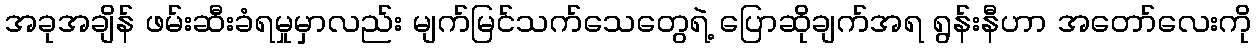
အခုအချိန် ဖမ်းဆီးခံရမှုမှာလည်း မျက်မြင်သက်သေတွေရဲ့ ပြောဆိုချက်အရ ရွန်းနီဟာ အတော်လေးကို